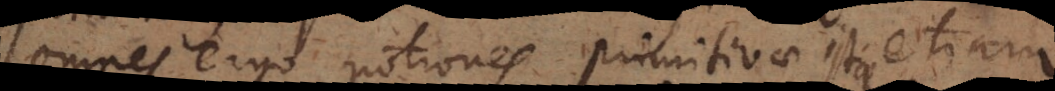
omnes ergo notiones primitivae istae etiam